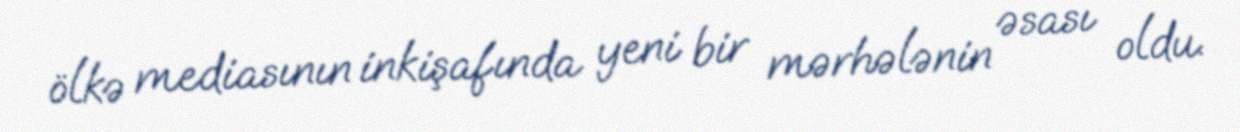
ölkə mediasının inkişafında yeni bir mərhələnin əsası oldu.